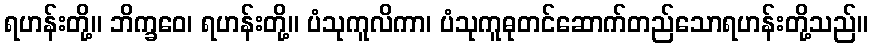
ရဟန်းတို့။ ဘိက္ခဝေ၊ ရဟန်းတို့။ ပံသုကူလိကာ၊ ပံသုကူဓုတင်ဆောက်တည်သောရဟန်းတို့သည်။